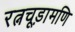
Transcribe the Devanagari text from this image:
रत्नचूड़ामणि